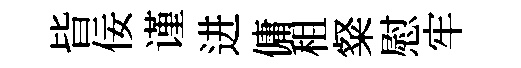
𣅜佞谨进傭租粲慰牢